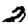
Digit: 2